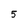
Character: 5